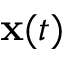
{ \mathbf x } ( t )